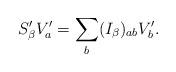
LaTeX: \begin{align*}S_\beta^\prime V_a^\prime = \sum_b (I_\beta)_{a b} V_b^\prime.\end{align*}